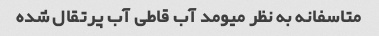
متاسفانه به نظر میومد آب قاطی آب پرتقال شده